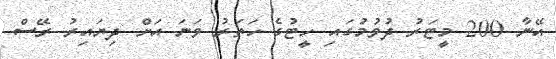
އޭނާ 200 މީޓަރު ދުވުމުގައި ހީޓުގެ ހަތަރު ވަނަ އަށް ދިޔައިރު ރޭސް